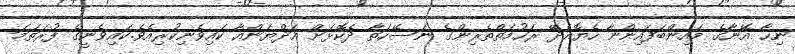
ނިހާ އޭނާގެ މައިންބަފައިންނާ ހެޔޮއެދޭ ރަހުމަތްތެރިންގެ ނަސޭހަތާ ދެކޮޅަށް އަދްޔަންއާ ކައިވެނިކުރިއެވެ.ކައިވެނީގެ ފުރަތަމަ